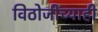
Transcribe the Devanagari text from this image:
विठोजींच्याही